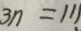
3 n = 1 1 1